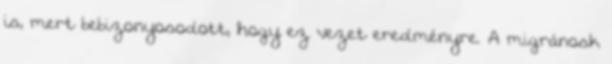
is, mert bebizonyosodott, hogy ez vezet eredményre. A migránosk